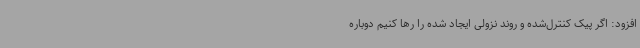
افزود: اگر پیک کنترل‌شده و روند نزولی ایجاد شده را رها کنیم دوباره